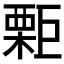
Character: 𣙬